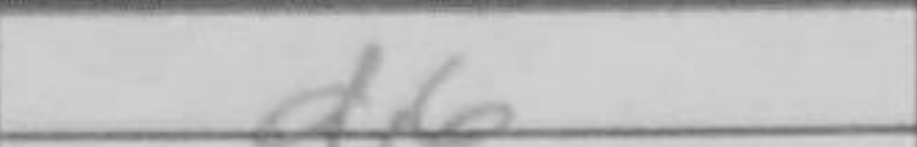
Transcription: d6